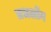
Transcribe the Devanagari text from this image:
तधलोंग